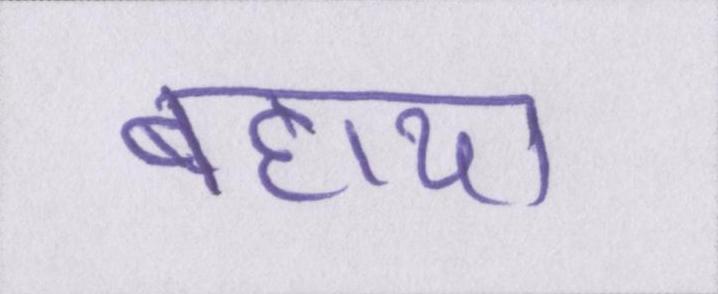
बहाया